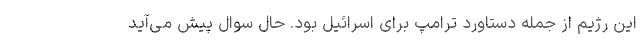
این رژیم از جمله دستاورد ترامپ برای اسرائیل بود. حال سوال پیش می­آید